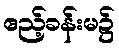
ဧည့်ခန်းမ၌